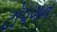
ટોપગન